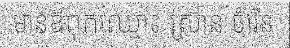
មានឪពុកឈ្មោះ ស្រ៊ាន ចំរើន